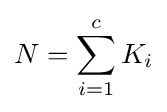
N=\sum _{i=1}^{c}K_{i}